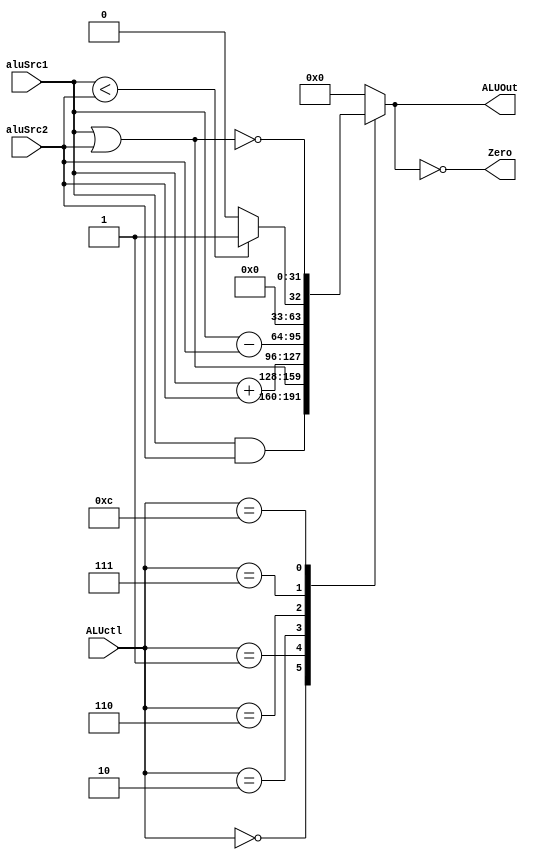
module ALU (ALUctl, aluSrc1, aluSrc2, ALUOut, Zero);

//I/O ports 
input [4-1:0] ALUctl;
input signed [32-1:0] aluSrc1,aluSrc2;

output reg [32-1:0] ALUOut;
output Zero;

//Main function
/*your code here*/

assign Zero = (ALUOut == 0);

always @(ALUctl, aluSrc1, aluSrc2) begin
  case (ALUctl)
  0: ALUOut <= aluSrc1 & aluSrc2;
  1: ALUOut <= aluSrc1 | aluSrc2;
  2: ALUOut <= aluSrc1 + aluSrc2;
  6: ALUOut <= aluSrc1 - aluSrc2;
  7: ALUOut <= aluSrc1 < aluSrc2 ? 1 : 0;
  12: ALUOut <= ~(aluSrc1 | aluSrc2);
  default: ALUOut <= 0;
  endcase
end
    
endmodule